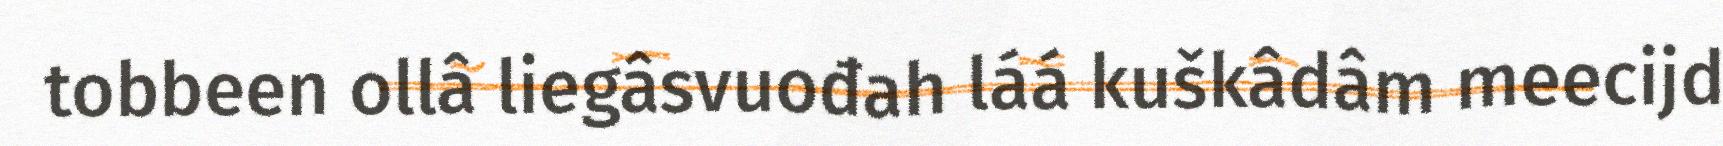
tobbeen ollâ liegâsvuođah láá kuškâdâm meecijd